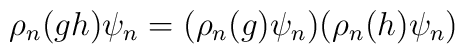
\rho_n(gh)\psi_n = (\rho_n(g)\psi_n)(\rho_n(h)\psi_n)